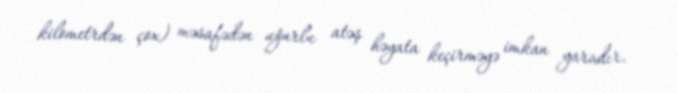
kilometrdən çox) məsafədən uğurlu atəş həyata keçirməyə imkan yaradır.